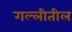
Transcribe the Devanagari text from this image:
गल्लीतील